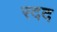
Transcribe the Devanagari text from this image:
रदद